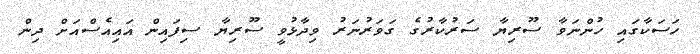
ހަސަކާގައި ހުންނަވާ ސޫރިޔާ ސަރުކާރުގެ ގަވަރުނަރު ވިދާޅުވީ ސޫރިޔާ ސިފައިން އައިއެސްއަށް ދިން